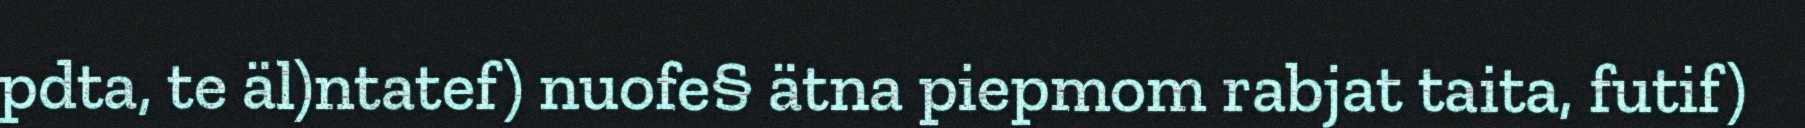
pdta, te äl)ntatef) nuofe§ ätna piepmom rabjat taita, futif)